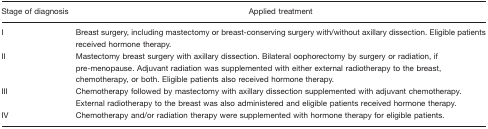
<table><thead><tr><td><b>Stage of diagnosis</b></td><td><b>Applied treatment</b></td></tr></thead><tbody><tr><td>I</td><td>Breast surgery, including mastectomy or breast-conserving surgery with/without axillary dissection. Eligible patients received hormone therapy.</td></tr><tr><td>II</td><td>Mastectomy breast surgery with axillary dissection. Bilateral oophorectomy by surgery or radiation, if pre-menopause. Adjuvant radiation was supplemented with either external radiotherapy to the breast, chemotherapy, or both. Eligible patients also received hormone therapy.</td></tr><tr><td>III</td><td>Chemotherapy followed by mastectomy with axillary dissection supplemented with adjuvant chemotherapy. External radiotherapy to the breast was also administered and eligible patients received hormone therapy.</td></tr><tr><td>IV</td><td>Chemotherapy and/or radiation therapy were supplemented with hormone therapy for eligible patients.</td></tr></tbody></table>